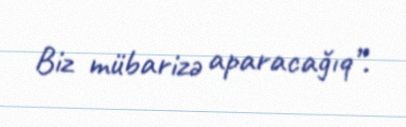
Biz mübarizə aparacağıq”.